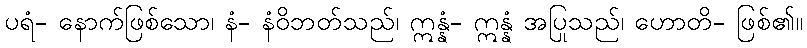
ပရံ- နောက်ဖြစ်သော၊ နံ- နံဝိဘတ်သည်၊ ဣန္နံ- ဣန္နံ အပြုသည်၊ ဟောတိ- ဖြစ်၏။